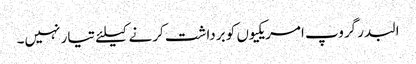
البدر گروپ امریکیوں کو برداشت کرنے کیلئے تیار نہیں۔